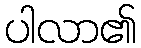
ပါလာ၏